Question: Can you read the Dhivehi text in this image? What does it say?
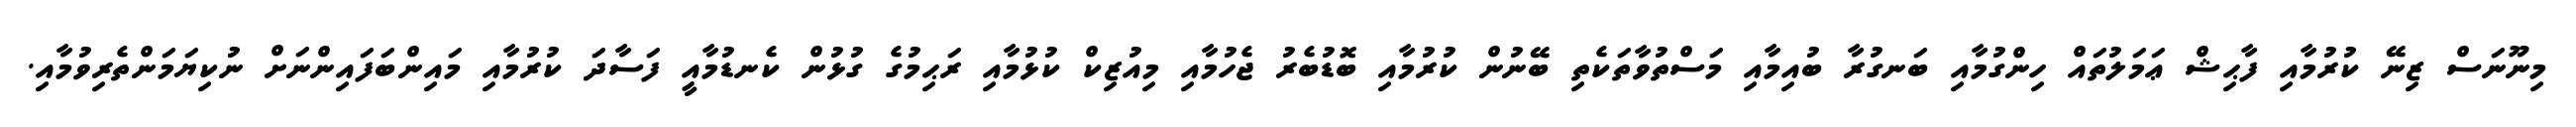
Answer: މިނޫނަސް ޒިނޭ ކުރުމާއި ފާޙިޝް ޢަމަލުތައް ހިންގުމާއި ބަނގުރާ ބުއިމާއި މަސްތުވާތަކެތި ބޭނުން ކުރުމާއި ބޮޑުބެރު ޖެހުމާއި މިއުޒިކް ކުޅުމާއި ރަޙިމުގެ ގުޅުން ކެނޑުމާއީ ފަސާދަ ކުރުމާއި މައިންބަފައިންނަށް ނުކިޔަމަންތެރިވުމާއި.